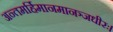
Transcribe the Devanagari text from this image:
अन्तमर्हिमानमानञ्जधीरः।